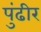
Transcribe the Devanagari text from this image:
पुंढीर